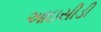
આઇસીડી